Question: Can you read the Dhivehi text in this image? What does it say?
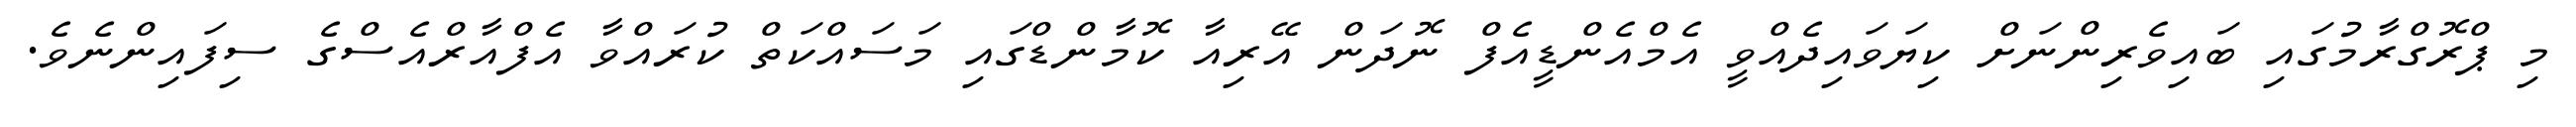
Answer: މި ޕްރޮގްރާމުގައި ބައިވެރިންނަށް ކިޔަވައިދެއްވީ އެމްއެންޑީއެފް ނޮދަން އޭރިއާ ކޮމާންޑްގައި މަސައްކަތް ކުރައްވާ އެފްއާރްއެސްގެ ސިފައިންނެވެ.